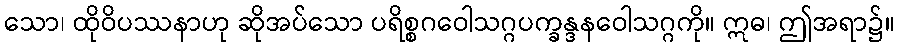
သော၊ ထိုဝိပဿနာဟု ဆိုအပ်သော ပရိစ္စဂဝေါသဂ္ဂပက္ခန္ဒနဝေါသဂ္ဂကို။ ဣဓ၊ ဤအရာ၌။